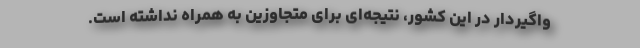
واگیردار در این کشور، نتیجه‌ای برای متجاوزین به همراه نداشته است.